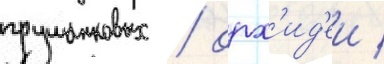
грушанковых / орх'ид'еи /